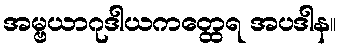
အမ္ဗယာဂုဒါယကတ္ထေရ အပဒါန။